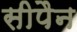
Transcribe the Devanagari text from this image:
सीपैन